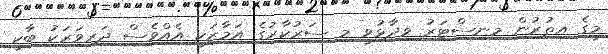
މީގެ އިތުރުން މިނިސްޓަރު ވިދާޅުވީ މި ސަރުކާރުގެ އަމާޒަކީ އެއްވެސް ދަރިވަރަކު ބާކީ